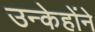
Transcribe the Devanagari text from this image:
उन्केहोंने